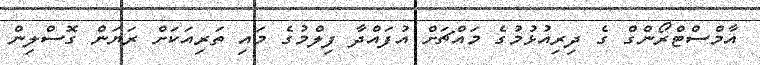
އާމްސްޓްރޯންގް ގެ ދިރިއުޅުމުގެ މައްޗަށް އުފައްދާ ފިލްމުގެ މައި ތަރިއަކަށް ރަޔަން ގޮސްލިން